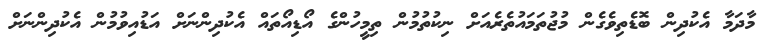
މާދަމާ އެކުދިން ބޮޑެތިވެގެން މުޖުތަމައުތެރެއަށް ނިކުތުމުން ތިމީހުންގެ އޯޑިއޯތައް އެކުދިންނަށް އަޑުއިވުމުން އެކުދިންނަށް